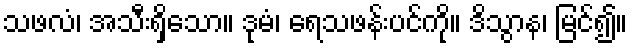
သဖလံ၊ အသီးရှိသော။ ဒုမံ၊ ရေသဖန်းပင်ကို။ ဒိသွာန၊ မြင်၍။